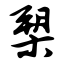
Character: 槊